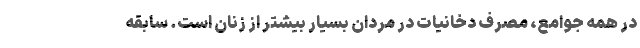
در همه جوامع، مصرف دخانیات در مردان بسیار بیشتر از زنان است. سابقه